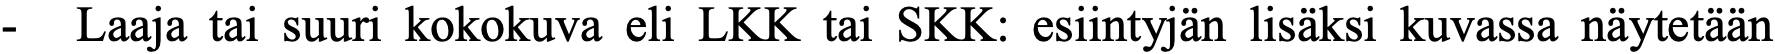
- Laaja tai suuri kokokuva eli LKK tai SKK: esiintyjän lisäksi kuvassa näytetään